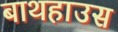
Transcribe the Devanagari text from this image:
बाथहाउस